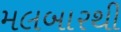
મલબારથી